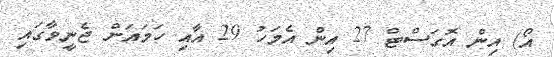
އޯ) އިން އޮގަސްޓް 27 އިން އެމަހު 29 އާއި ހަމައަށް ޖެނީވާގައި